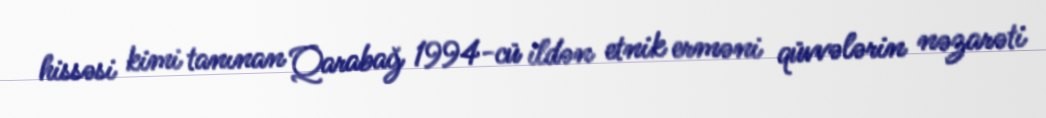
hissəsi kimi tanınan Qarabağ 1994-cü ildən etnik erməni qüvvələrin nəzarəti